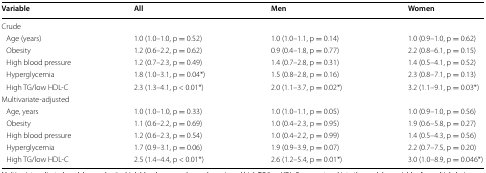
<table><thead><tr><td><b>Variable</b></td><td><b>All</b></td><td><b>Men</b></td><td><b>Women</b></td></tr></thead><tbody><tr><td colspan="4">Crude</td></tr><tr><td> Age (years)</td><td>1.0 (1.0–1.0, p = 0.52)</td><td>1.0 (1.0–1.1, p = 0.14)</td><td>1.0 (0.9–1.0, p = 0.62)</td></tr><tr><td> Obesity</td><td>1.2 (0.6–2.2, p = 0.62)</td><td>0.9 (0.4–1.8, p = 0.77)</td><td>2.2 (0.8–6.1, p = 0.15)</td></tr><tr><td> High blood pressure</td><td>1.2 (0.7–2.3, p = 0.49)</td><td>1.4 (0.7–2.8, p = 0.31)</td><td>1.4 (0.5–4.1, p = 0.52)</td></tr><tr><td> Hyperglycemia</td><td>1.8 (1.0–3.1, p = 0.04*)</td><td>1.5 (0.8–2.8, p = 0.16)</td><td>2.3 (0.8–7.1, p = 0.13)</td></tr><tr><td> High TG/low HDL-C</td><td>2.3 (1.3–4.1, p &lt; 0.01*)</td><td>2.0 (1.1–3.7, p = 0.02*)</td><td>3.2 (1.1–9.1, p = 0.03*)</td></tr><tr><td colspan="4">Multivariate-adjusted</td></tr><tr><td> Age, years</td><td>1.0 (1.0–1.0, p = 0.33)</td><td>1.0 (1.0–1.1, p = 0.05)</td><td>1.0 (0.9–1.0, p = 0.56)</td></tr><tr><td> Obesity</td><td>1.1 (0.6–2.2, p = 0.69)</td><td>1.0 (0.4–2.3, p = 0.95)</td><td>1.9 (0.6–5.8, p = 0.27)</td></tr><tr><td> High blood pressure</td><td>1.2 (0.6–2.3, p = 0.54)</td><td>1.0 (0.4–2.2, p = 0.99)</td><td>1.4 (0.5–4.3, p = 0.56)</td></tr><tr><td> Hyperglycemia</td><td>1.7 (0.9–3.1, p = 0.06)</td><td>1.9 (0.9–3.9, p = 0.07)</td><td>2.2 (0.7–7.5, p = 0.20)</td></tr><tr><td> High TG/low HDL-C</td><td>2.5 (1.4–4.4, p &lt; 0.01*)</td><td>2.6 (1.2–5.4, p = 0.01*)</td><td>3.0 (1.0–8.9, p = 0.046*)</td></tr></tbody></table>